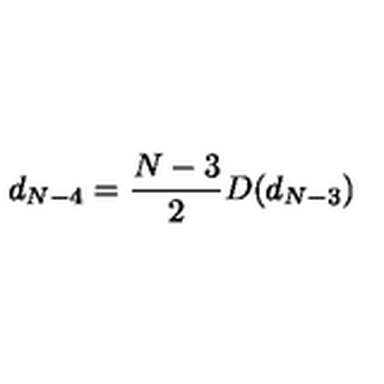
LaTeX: d _ { N - 4 } = \frac { N - 3 } { 2 } D ( d _ { N - 3 } )